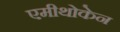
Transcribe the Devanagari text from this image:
एमीथोकेन